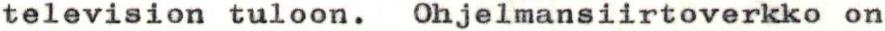
television tuloon. Ohjelmansiirtoverkko on